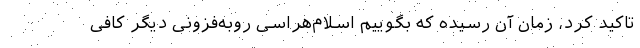
تاکید کرد، زمان آن رسیده که بگوییم اسلام‌هراسی روبه‌فزونی دیگر کافی